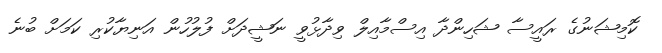
ކޮމިޝަނުގެ ރައީސާ ޝަހިންދާ އިސްމާއިލް ވިދާޅުވީ ނަޝީދަށް ފުލުހުން އަނިޔާކުރި ކަމަށް ބުނެ